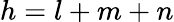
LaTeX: h=l+m+n